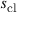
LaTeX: s _ { \mathrm { c l } }